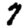
Digit: 7